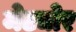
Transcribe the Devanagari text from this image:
मेट्योर